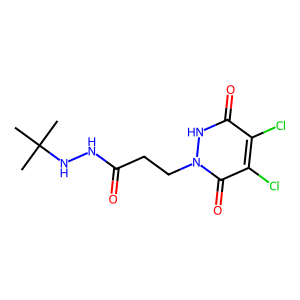
SMILES: CC(C)(C)NNC(=O)CCn1[nH]c(=O)c(Cl)c(Cl)c1=O
Inhibits HIV replication: No